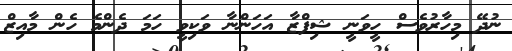
ނުދޭ މިހާރުވެސް ހީވަނީ ޝިފްޒާ އަހަންނާ ވަކިވީ ހަމަ ދެންމެ ހެން މާއިޒް